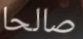
صالحا